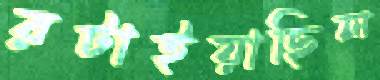
রটাইয়াছিল